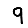
Digit: 9